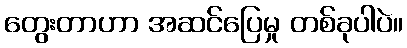
တွေးတာဟာ အဆင်ပြေမှု တစ်ခုပါပဲ။